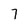
Character: 7